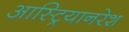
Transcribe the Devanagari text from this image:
आस्ट्रियानरेश